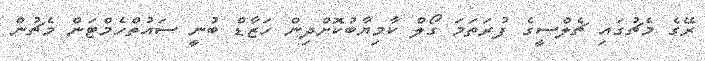
ރޭގެ މެޗުގައި ޗެލްސީގެ ފުރަތަމަ ގޯލް ކާމިޔާބުކޮށްދިން ހަޒާޑް ބުނީ ސައުތްހެމްޓަން މެޗުން